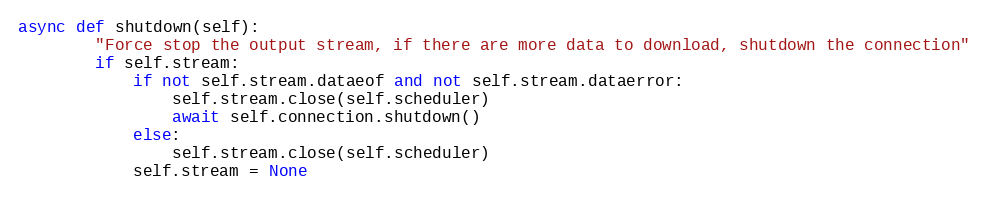
Language: Python
async def shutdown(self):
        "Force stop the output stream, if there are more data to download, shutdown the connection"
        if self.stream:
            if not self.stream.dataeof and not self.stream.dataerror:
                self.stream.close(self.scheduler)
                await self.connection.shutdown()
            else:
                self.stream.close(self.scheduler)
            self.stream = None